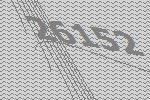
26152